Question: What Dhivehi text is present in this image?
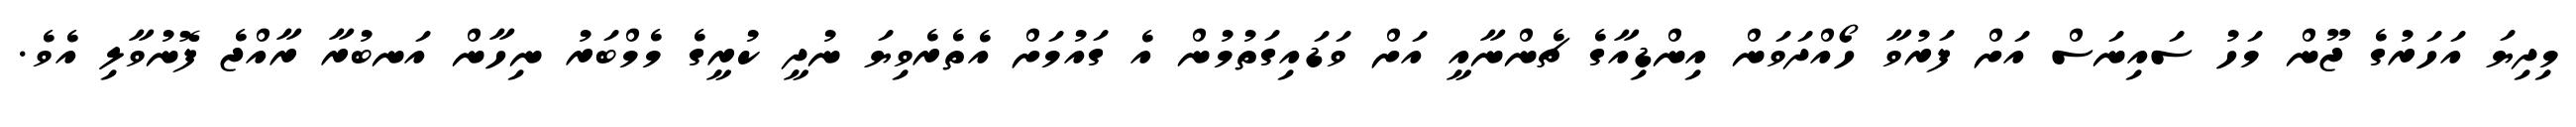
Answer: މިދިޔަ އަހަރުގެ ޖޫން މަހު ސައިނަސް އަށް ފަރުވާ ހޯއްދަވަން އިންޑިއާގެ ޗެންނާއީ އަށް ވަޑައިގަތުމުން އެ ގައުމަށް އެތެރެވިޔަ ނުދީ ކުރީގެ މެމްބަރު ނިހާން އަނބުރާ ރާއްޖެ ފޮނުވާލި އެވެ.